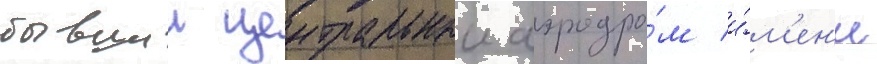
бывшии центральныи аэродро́м и́м'ен'и